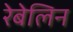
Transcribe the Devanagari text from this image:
रेबेलिन